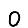
Digit: 0